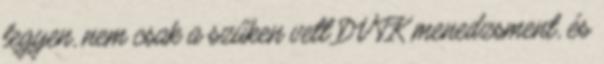
legyen, nem csak a szűken vett DVTK menedzsment, és